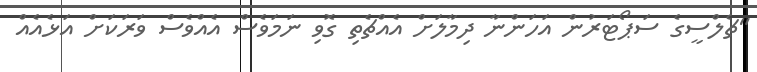
"ޗެލްސީގެ ސަޕޯޓަރުން އަހަންނާ ދިމާލަށް އެއްޗެތި ގޮވި ނަމަވެސް އެއްވެސް ވަރަކަށް އަޅެއެއް